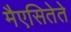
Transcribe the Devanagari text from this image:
मैएसितेते